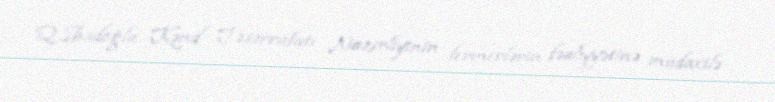
Q.İbadoğlu Kənd Təsərrüfatı Nazirliyinin fermerlərin fəaliyyətinə müdaxilə